Treatise on elephants
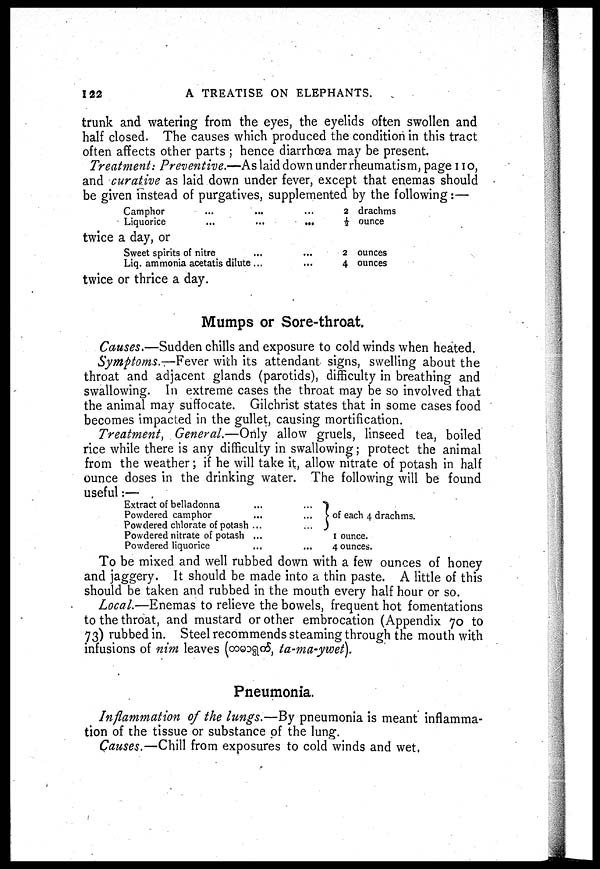
122
A TREATISE ON ELEPHANTS.
trunk and watering from the eyes, the eyelids often swollen and
half closed. The causes which produced the condition in this tract
often affects other parts ; hence diarrhœa may be present.
Treatment: Preventive.—As laid down under rheumatism, page no,
and curative as laid down under fever, except that enemas should
be given instead of purgatives, supplemented by the following:—
Camphor
Liquorice
twice a day, or
Sweet spirits of nitre
Liq. ammonia acetatis dilute ...
twice or thrice a day.
...
...
...
...
2
½
2
4
drachms
ounce
ounces
ounces
Mumps or Sore-throat.
Causes.—Sudden chills and exposure to cold winds when heated.
Symptoms.—Fever with its attendant signs, swelling about the
throat and adjacent glands (parotids), difficulty in breathing and
swallowing. In extreme cases the throat may be so involved that
the animal may suffocate. Gilchrist states that in some cases food
becomes impacted in the gullet, causing mortification.
Treatment, General.—Only allow gruels, linseed tea, boiled
rice while there is any difficulty in swallowing; protect the animal
from the weather; if he will take it, allow nitrate of potash in half
ounce doses in the drinking water. The following will be found
useful:—
Extract of belladonna ... ...
Powdered camphor
...
...
Powdered chlorate of potash ... ...
Powdered nitrate of potash ...
Powdered liquorice
...
...
} of each 4 drachms.
1 ounce.
4 ounces.
To be mixed and well rubbed down with a few ounces of honey
and jaggery. It should be made into a thin paste. A little of this
should be taken and rubbed in the mouth every half hour or so.
Local.—Enemas to relieve the bowels, frequent hot fomentations
to the throat, and mustard or other embrocation (Appendix 70 to
73) rubbed in. Steel recommends steaming through the mouth with
infusions of nim leaves (
, ta-ma-ywet).
Pneumonia.
Inflammation of the lungs.—By pneumonia is meant inflamma-
tion of the tissue or substance of the lung.
Causes.—Chill from exposures to cold winds and wet.